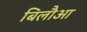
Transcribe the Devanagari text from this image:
बिलौआ